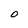
Character: O